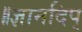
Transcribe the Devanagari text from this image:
॥ज्ञानदिप्